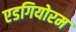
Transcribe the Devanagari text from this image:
एडगियोरम